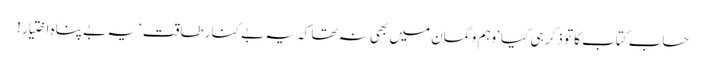
حساب کتاب کا تو ذکر ہی کیا‘ وہم و گمان میں بھی نہ تھا کہ یہ بے کنار طاقت‘ یہ بے پناہ اختیار!